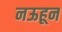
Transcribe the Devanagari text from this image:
नऊहून